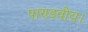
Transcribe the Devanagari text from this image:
पाण्डवीय।